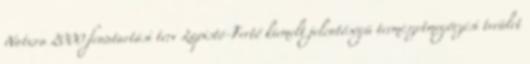
Natura 2000 fenntartási terv Lapistó-Fertő kiemelt jelentőségű természetmegőrzési terület